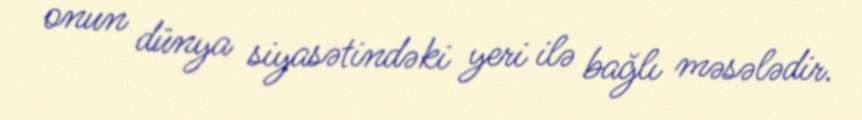
onun dünya siyasətindəki yeri ilə bağlı məsələdir.